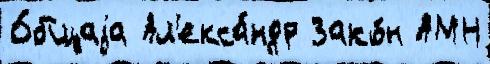
О́бщаjа Ал'екса́ндр Зако́н АМН